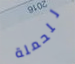
للحملة